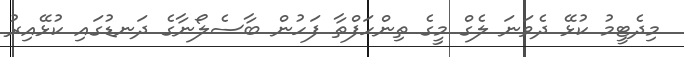
މިދެޓީމު ކުޅޭ ދެވަނަ ލެގް މީގެ ތިންހަފްތާ ފަހުން ބާސެލޯނާގެ ދަނޑުގައި ކުޅޭއިރު